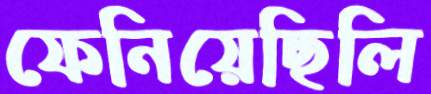
ফেনিয়েছিলি